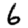
Digit: 6